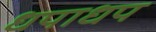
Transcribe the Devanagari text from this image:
धपाधप